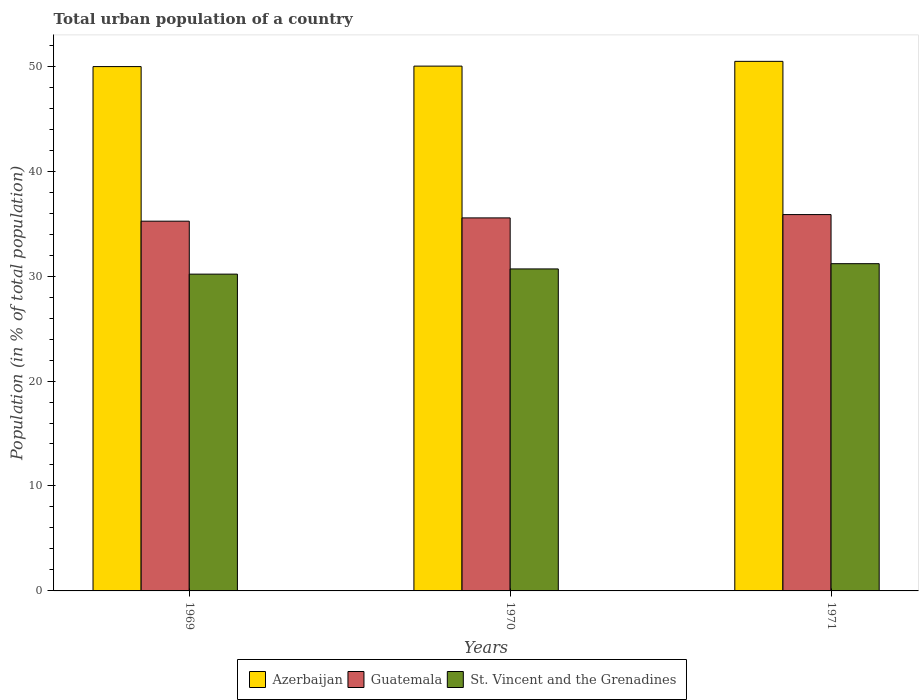
| Years | Azerbaijan | Guatemala | St. Vincent and the Grenadines |
 | --- | --- | --- | --- |
 | 1969 | 50 | 35.2 | 30.2 |
 | 1970 | 50 | 35.5 | 30.7 |
 | 1971 | 50.5 | 35.9 | 31.2 |